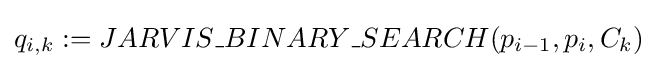
q_{i,k}:=JARVIS\_BINARY\_SEARCH(p_{i-1},p_{i},C_{k})